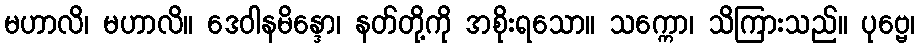
မဟာလိ၊ မဟာလိ။ ဒေဝါနမိန္ဒော၊ နတ်တို့ကို အစိုးရသော။ သက္ကော၊ သိကြားသည်။ ပုဗ္ဗေ၊